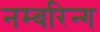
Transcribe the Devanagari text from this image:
नम्बरिन्ग